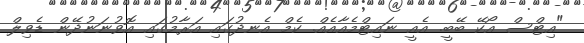
"އިޓްސް އޯކޭ ބޭބީ. އެއީ ނައިޓްމެއާއެއް. ކެމް އެނދުގައި އަރާމުގައި އޮވުނަނުދޭން ޑެވިލް